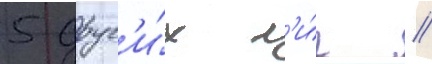
5 друг'и́х л'и́г //